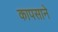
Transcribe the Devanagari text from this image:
कापसाने